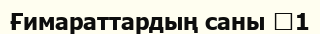
Ғимараттардың саны 	1